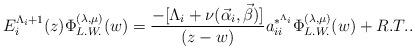
LaTeX: \begin{align*}E_{i}^{\Lambda_{i} + 1}(z) \Phi_{L.W.}^{(\lambda,\mu)}(w) = \frac{ - [\Lambda_{i} + \nu(\vec\alpha_{i}, \vec\beta) ]}{(z -w)}a_{ii}^{*^{\Lambda_{i}}}\Phi_{L.W.}^{(\lambda,\mu)}(w) + R.T..\end{align*}